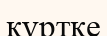
күртке